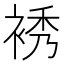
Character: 𧚘